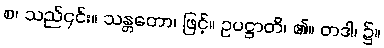
စ၊ သည်၎င်း။ သန္တတော၊ ဖြင့်။ ဥပဋ္ဌာတိ၊ ၏။ တဒါ၊ ၌။